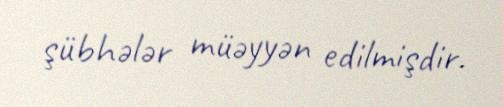
şübhələr müəyyən edilmişdir.